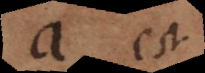
a est